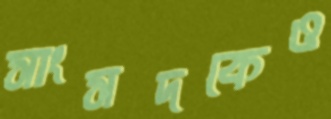
সাংসদকেও